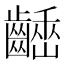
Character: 𪙒